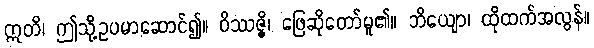
ဣတိ၊ ဤသို့ဥပမာဆောင်၍။ ဝိဿဇ္ဇိ၊ ဖြေဆိုတော်မူ၏။ ဘိယျော၊ ထိုထက်အလွန်။